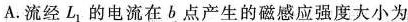
A.流经L_{1}的电流在b点产生的磁感应强度大小为